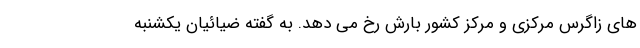
های زاگرس مرکزی و مرکز کشور بارش رخ می دهد. به گفته ضیائیان یکشنبه